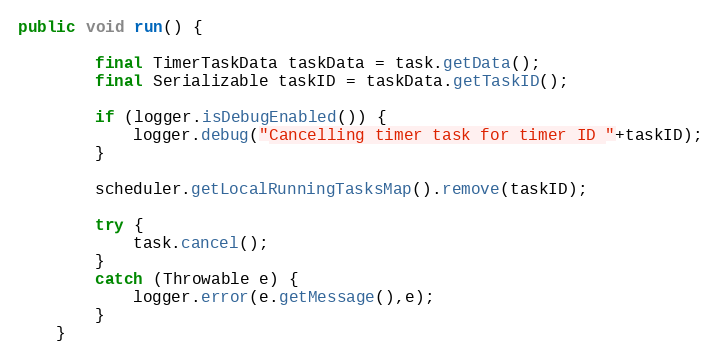
Language: Java
public void run() {

		final TimerTaskData taskData = task.getData();
		final Serializable taskID = taskData.getTaskID();

		if (logger.isDebugEnabled()) {
			logger.debug("Cancelling timer task for timer ID "+taskID);
		}

		scheduler.getLocalRunningTasksMap().remove(taskID);

		try {
			task.cancel();
		}
		catch (Throwable e) {
			logger.error(e.getMessage(),e);
		}
	}